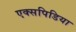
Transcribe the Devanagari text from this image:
एक्सपिडिया